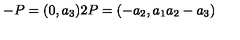
- P = ( 0 , a _ { 3 } ) 2 P = ( - a _ { 2 } , a _ { 1 } a _ { 2 } - a _ { 3 } )